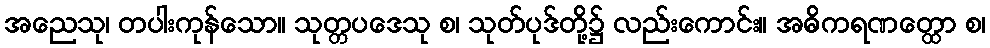
အညေသု၊ တပါးကုန်သော။ သုတ္တပဒေသု စ၊ သုတ်ပုဒ်တို့၌ လည်းကောင်း။ အဓိကရဏတ္ထော စ၊